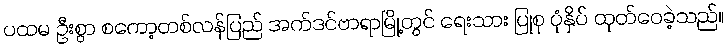
ပထမ ဦးစွာ စကော့တစ်လန်ပြည် အက်ဒင်ဗာရာမြို့တွင် ရေးသား ပြုစု ပုံနှိပ် ထုတ်ဝေခဲ့သည်။